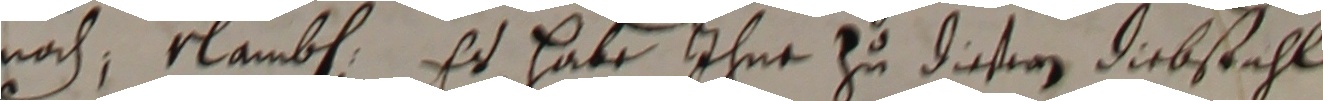
nach nlamben Es habe ihne zu diesern diebstahl